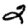
Digit: 2